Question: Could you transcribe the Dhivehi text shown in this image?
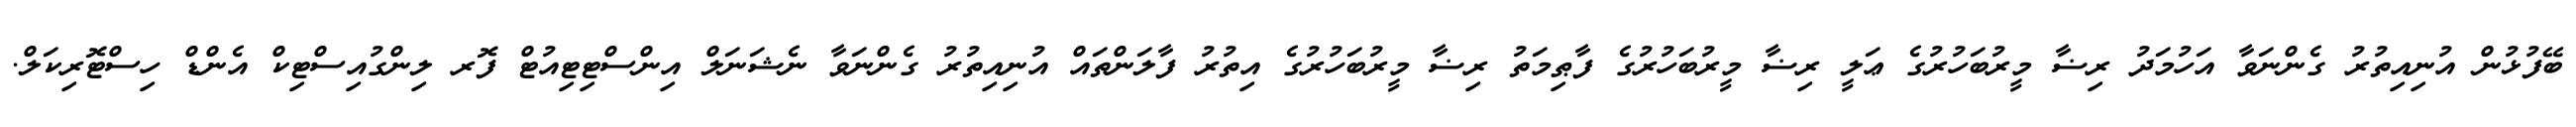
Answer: ބޭފުޅުން އުނިއިތުރު ގެންނަވާ އަހުމަދު ރިޟާ މީރުބަހުރުގެ ޢަލީ ރިޟާ މީރުބަހުރުގެ ފާޠިމަތު ރިޟާ މީރުބަހުރުގެ އިތުރު ފާލަންތައް އުނިއިތުރު ގެންނަވާ ނެޝަނަލް އިންސްޓިޓިއުޓް ފޮރ ލިންގުއިސްޓިކް އެންޑް ހިސްޓޮރިކަލް.